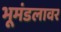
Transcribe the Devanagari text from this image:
भूमंडलावर